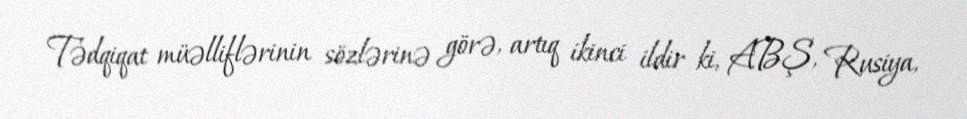
Tədqiqat müəlliflərinin sözlərinə görə, artıq ikinci ildir ki, ABŞ, Rusiya,